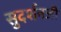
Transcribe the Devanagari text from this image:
सुदर्शनजी